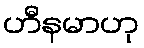
ဟီနမာဟု